DOW-UAP-D49, Launch Summary, Vandenberg AFB, 2000
Agency: Department of War
Incident date: 2/3/00
Page 9
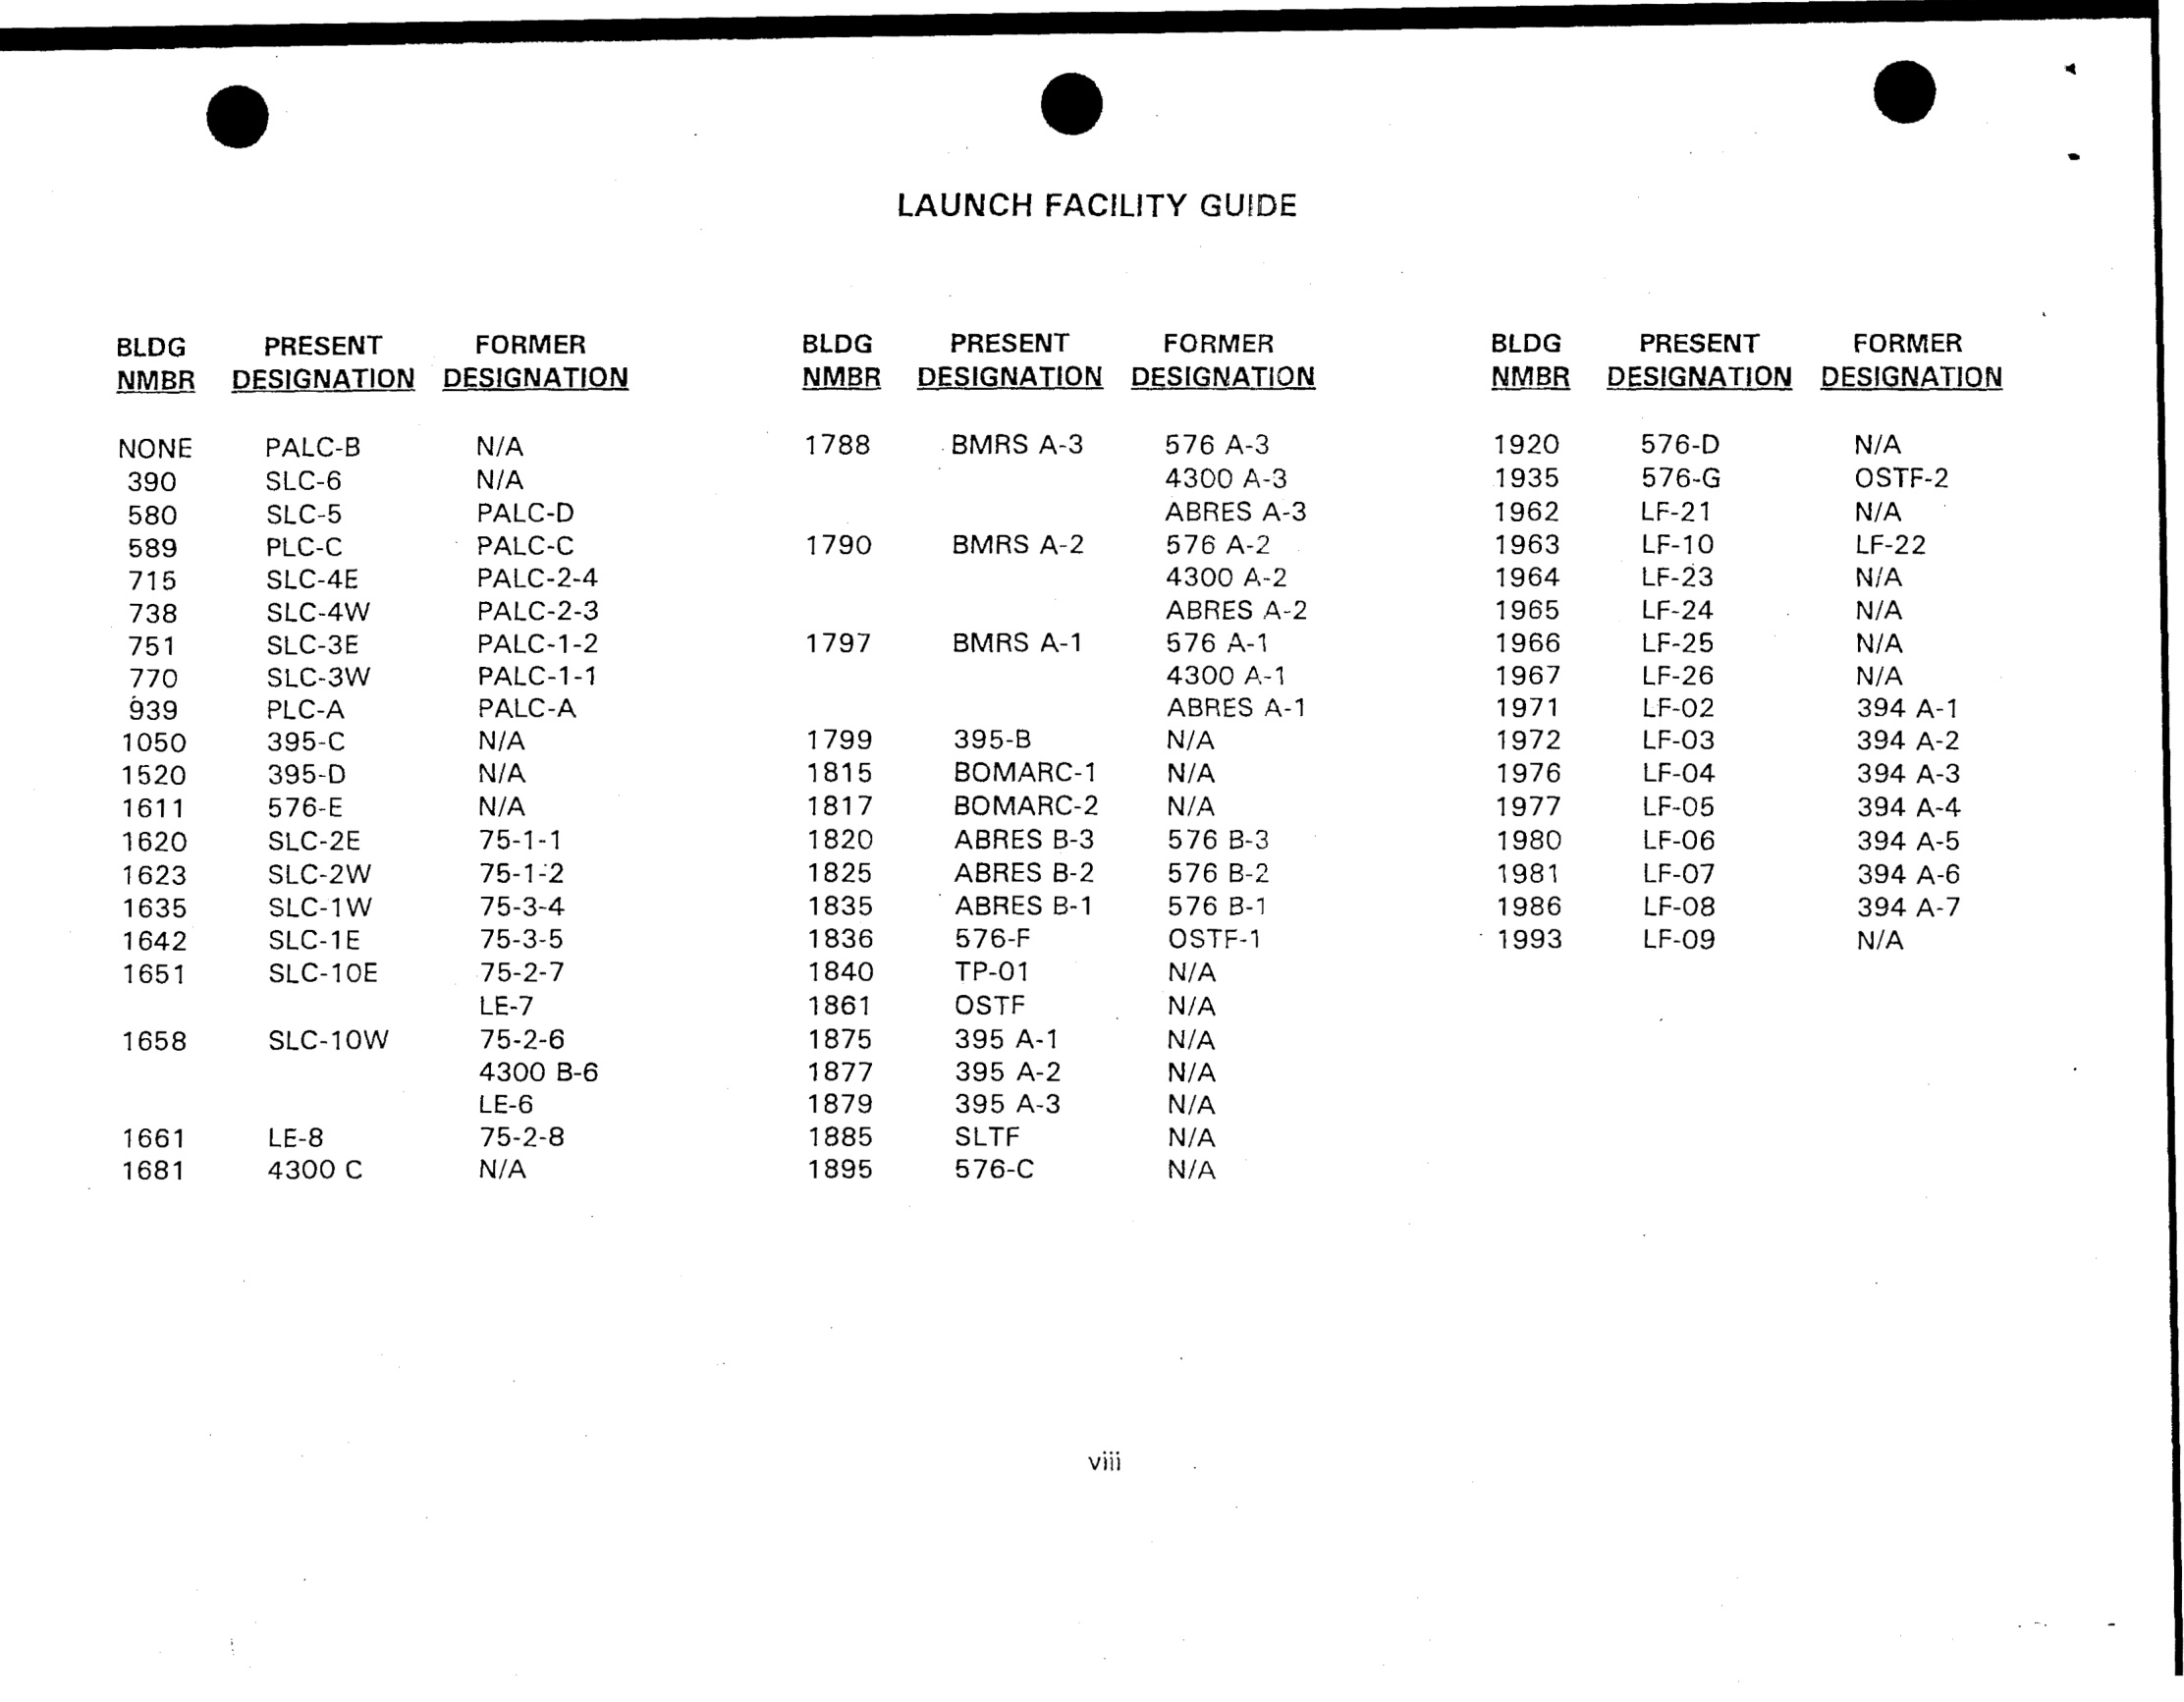